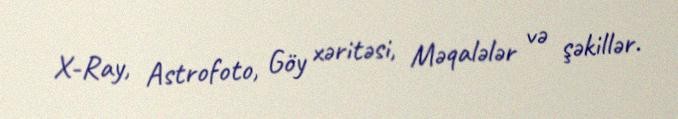
X-Ray, Astrofoto, Göy xəritəsi, Məqalələr və şəkillər.